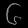
Digit: ၆